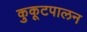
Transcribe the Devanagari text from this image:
कुकूटपालन